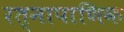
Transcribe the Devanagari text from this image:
रत्‍नापाणिक